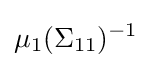
\mu _{1}(\Sigma _{11})^{-1}